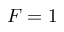
F = 1